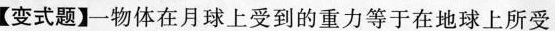
【变式题】一物体在月球上受到的重力等于在地球上所受